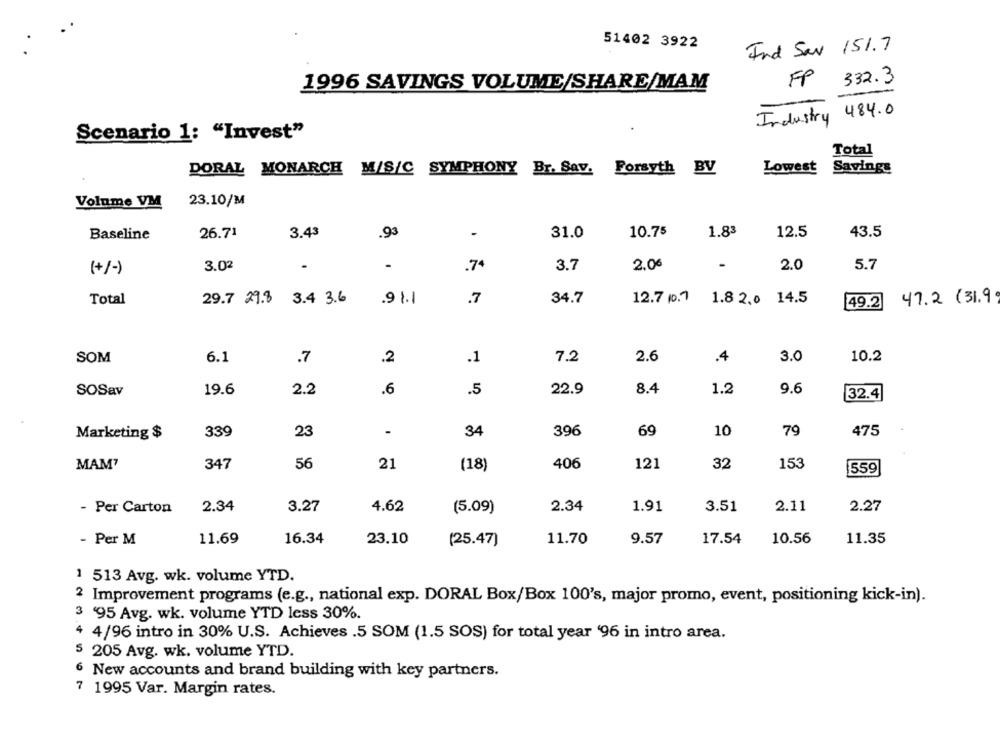
51402 3922
Ind Sav 151.7
FP
332.3
1996 SAVINGS VOLUME/SHARE/MAM
Industry 484.0
Scenario 1: "Invest"
Total
DORAL MONARCH M/S/C SYMPHONY Br. Sav. Forsyth BV
Lowest Savings
Volume VM
23.10/M
Baseline
26.71
3.43
.93
.
31.0
10.75
1.83
12.5
43.5
3.02
.
74
3.7
2.06
-
2.0
5.7
(+/-)
Total
29.7 29.8 3.4 3.6
.91.1
.7
34.7
12.7 1.1 1.8 2.0 14.5
49.2
47.2 (31.9
2.6
3.0
SOM
6.1
.7
.2
.1
7.2
.4
10.2
SOSav
19.6
2.2
.6
.5
22.9
8.4
1.2
9.6
32.4
-
475
Marketing $
339
23
34
396
69
10
79
MAM7
347
56
21
(18)
406
121
32
153
559
- Per Carton
2.34
3.27
4.62
(5.09)
2.34
1.91
3.51
2.11
2.27
- Per M
11.69
16.34
23.10
(25.47)
11.70
9.57
17.54
10.56
11.35
1 513 Avg. wk. volume YTD.
2 Improvement programs (e.g ., national exp. DORAL Box/Box 100's, major promo, event, positioning kick-in).
3 '95 Avg. wk. volume YTD less 30%.
4/96 intro in 30% U.S. Achieves .5 SOM (1.5 SOS) for total year '96 in intro area.
5 205 Avg. wk. volume YTD.
6 New accounts and brand building with key partners.
7 1995 Var. Margin rates.